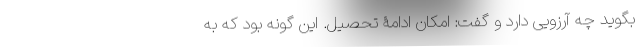
بگوید چه آرزویی دارد و گفت: امکان ادامۀ تحصیل. این گونه بود که به